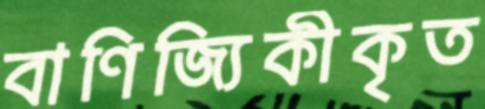
বাণিজ্যিকীকৃত